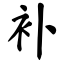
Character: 补